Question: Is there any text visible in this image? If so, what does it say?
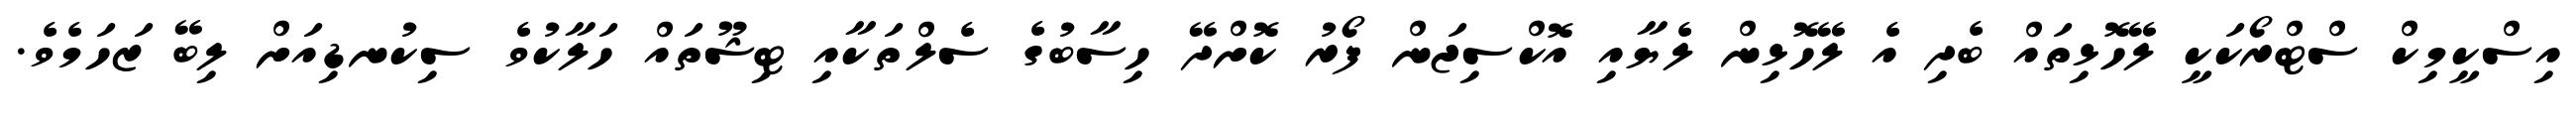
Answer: އިސްކީމިކް ސްޓްރޯކަކީ ލޭހޮޅިތައް ބެދި އެ ލޭހޮޅިން ލެޔާއި އޮކްސިޖަން ފޯރު ކޮށްދޭ ހިސާބުގެ ސެލްތަކާއި ޓިޝޫތައް ހަލާކުވެ ސިކުނޑިއަށް ލިބޭ ޒަހަމެވެ.